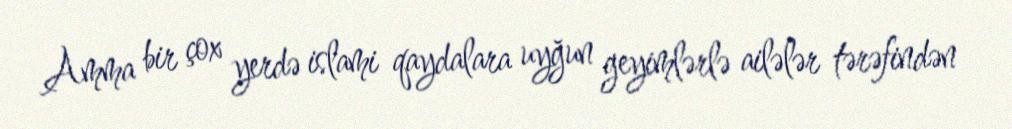
Amma bir çox yerdə islami qaydalara uyğun geyimlərlə ailələr tərəfindən